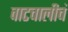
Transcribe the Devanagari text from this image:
वाटचालीचं